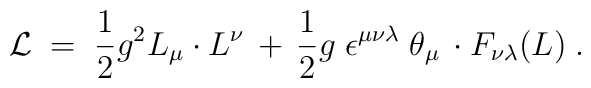
{\cal L}\;=\; \frac{1}{2} g^2 L_{\mu} \cdot L^{\nu}\,+\, \frac{1}{2}g \;\epsilon^{\mu \nu \lambda} \;\theta_{\mu} \,\cdot F_{\nu \lambda}(L) \;.